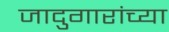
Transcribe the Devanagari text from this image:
जादुगारांच्या